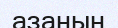
азаның